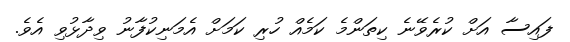
ފައިސާ އަށް ކުރެވޭނެ ކިތަންމެ ކަމެއް ހުރި ކަމަށް އެމަނިކުފާނު ވިދާޅުވި އެވެ.